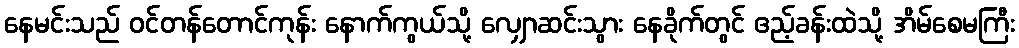
နေမင်းသည် ဝင်တန်တောင်ကုန်း နောက်ကွယ်သို့ လျှောဆင်းသွား နေခိုက်တွင် ဧည့်ခန်းထဲသို့ အိမ်စေမကြီး